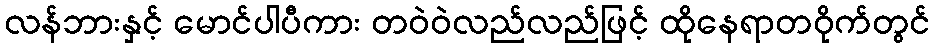
လန်ဘားနှင့် မောင်ပါပီကား တဝဲဝဲလည်လည်ဖြင့် ထိုနေရာတဝိုက်တွင်